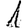
Digit: 1